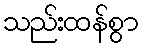
သည်းထန်စွာ